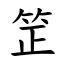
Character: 䇥